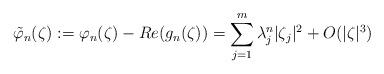
LaTeX: \begin{align*}\tilde{\varphi}_n(\zeta):=\varphi_n(\zeta)-Re(g_n(\zeta))=\sum_{j=1}^m \lambda_j^n|\zeta_j|^2+O(|\zeta|^3) \end{align*}